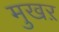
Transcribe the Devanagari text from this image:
मुखऱ